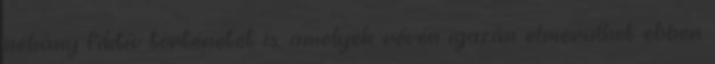
néhány fiktív történetet is, amelyek révén igazán elmerülhet ebben